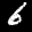
Label: 6